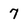
Character: 7